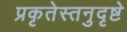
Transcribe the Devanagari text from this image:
प्रकृतेस्तनुदृष्टे